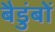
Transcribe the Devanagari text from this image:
बैडुंबों